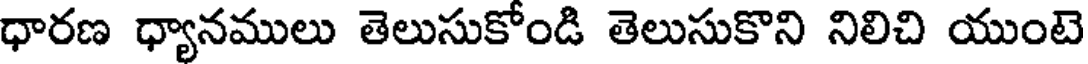
ధారణ ధ్యానములు తెలుసుకోండి తెలుసుకొని నిలిచి యుంటె